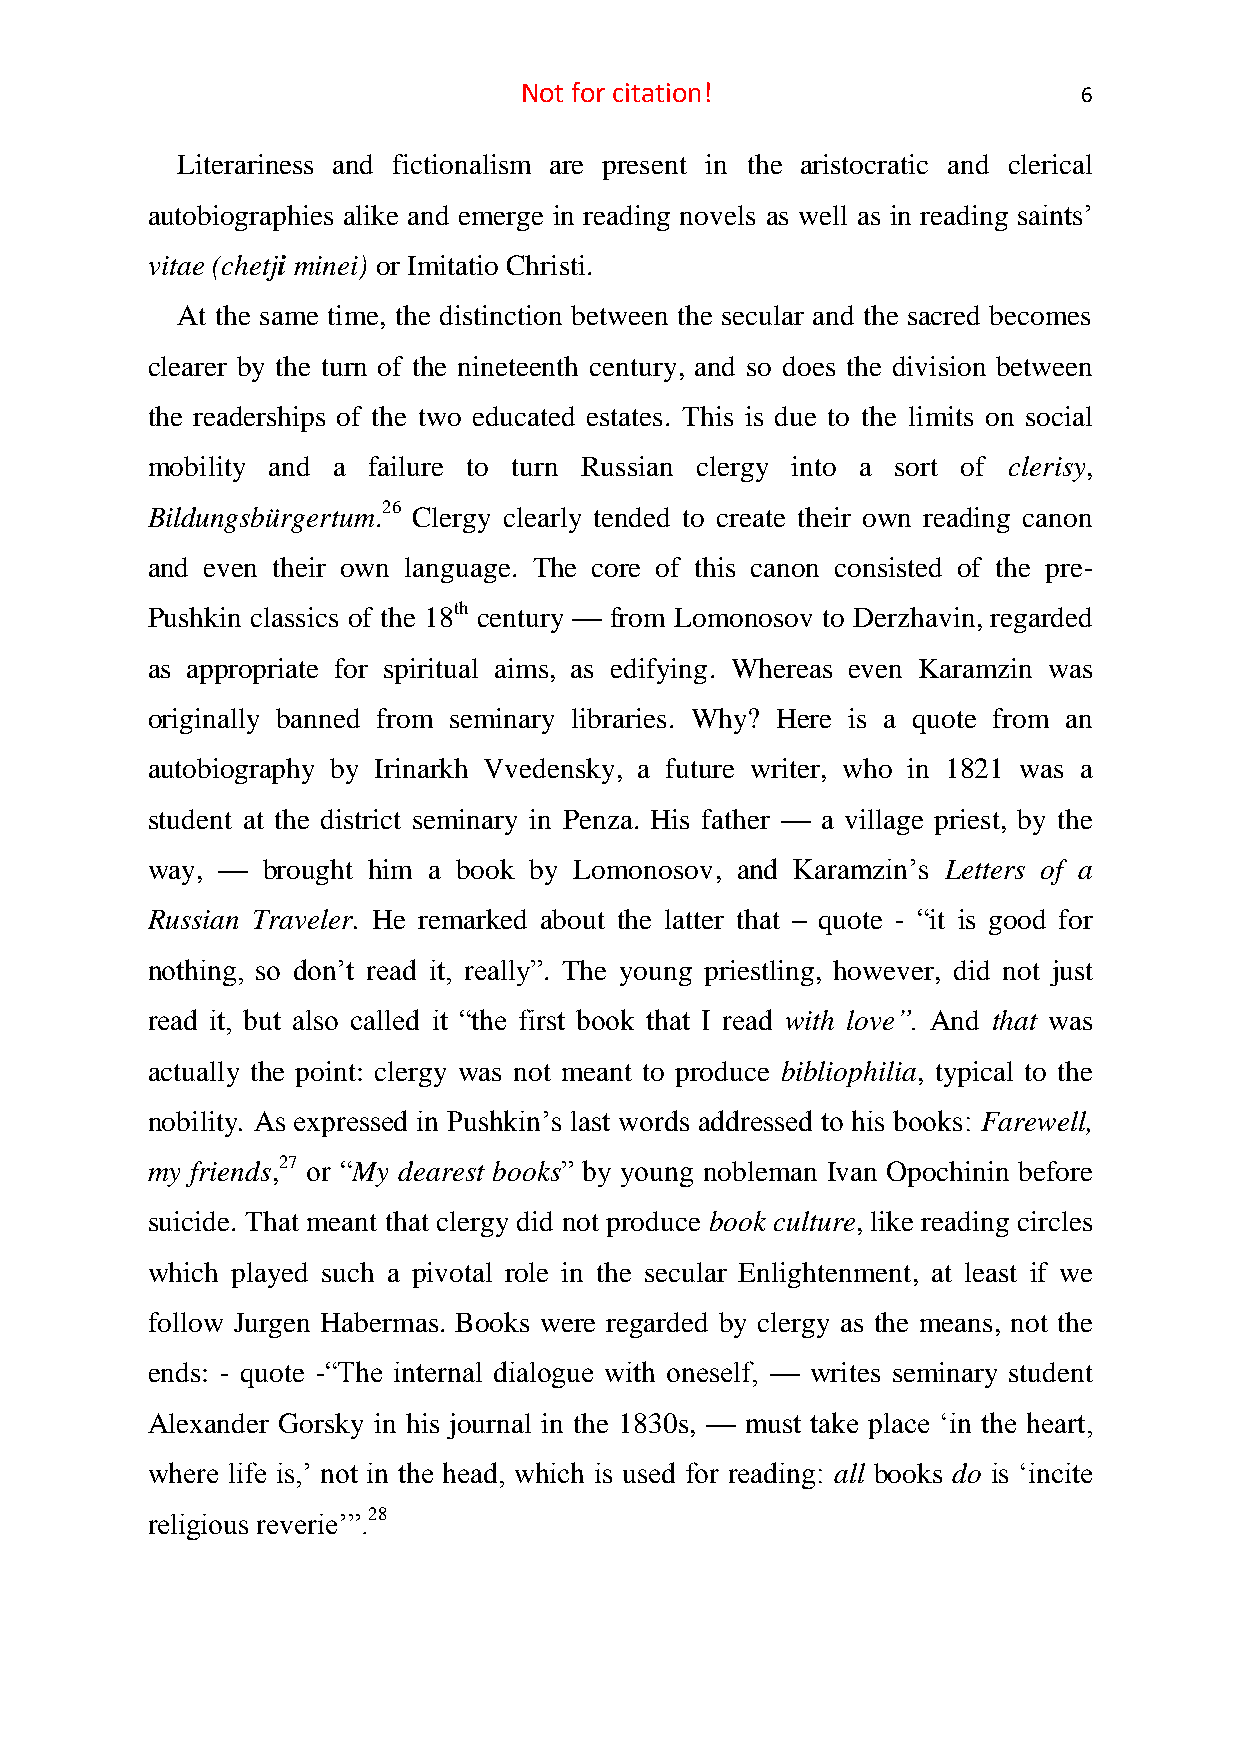
Not for citation!                     6
 Literariness and fictionalism are present in the aristocratic and clerical
 autobiographies alike and emerge in reading novels as well as in reading saints’
 vitae (chetji minei) or Imitatio Christi.
 At the same time, the distinction between the secular and the sacred becomes
 clearer by the turn of the nineteenth century, and so does the division between
 the readerships of the two educated estates. This is due to the limits on social
 mobility and a failure to turn Russian clergy into a sort of clerisy,
 Bildungsbürgertum.26 Clergy clearly tended to create their own reading canon
 and even their own language. The core of this canon consisted of the pre-
 Pushkin classics of the 18th century — from Lomonosov to Derzhavin, regarded
 as appropriate for spiritual aims, as edifying. Whereas even Karamzin was
 originally banned from seminary libraries. Why? Here is a quote from an
 autobiography by Irinarkh Vvedensky, a future writer, who in 1821 was a
 student at the district seminary in Penza. His father — a village priest, by the
 way, — brought him a book by Lomonosov, and Karamzin’s Letters of a
 Russian Traveler. He remarked about the latter that – quote - “it is good for
 nothing, so don’t read it, really”. The young priestling, however, did not just
 read it, but also called it “the first book that I read with love”. And that was
 actually the point: clergy was not meant to produce bibliophilia, typical to the
 nobility. As expressed in Pushkin’s last words addressed to his books: Farewell,
 my friends,27 or “My dearest books” by young nobleman Ivan Opochinin before
 suicide. That meant that clergy did not produce book culture, like reading circles
 which played such a pivotal role in the secular Enlightenment, at least if we
 follow Jurgen Habermas. Books were regarded by clergy as the means, not the
 ends: - quote -“The internal dialogue with oneself, — writes seminary student
 Alexander Gorsky in his journal in the 1830s, — must take place ‘in the heart,
 where life is,’ not in the head, which is used for reading: all books do is ‘incite
 religious reverie’”.28